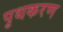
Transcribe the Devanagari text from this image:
पृथकरण